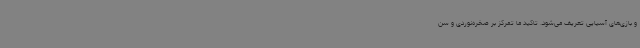
و بازی‌های آسیایی تعریف می‌شود. تاکید ما تمرکز بر صخره‌نوردی و سن